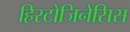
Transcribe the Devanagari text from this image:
हिस्टोजिनेसिस